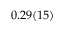
0 . 2 9 ( 1 5 )